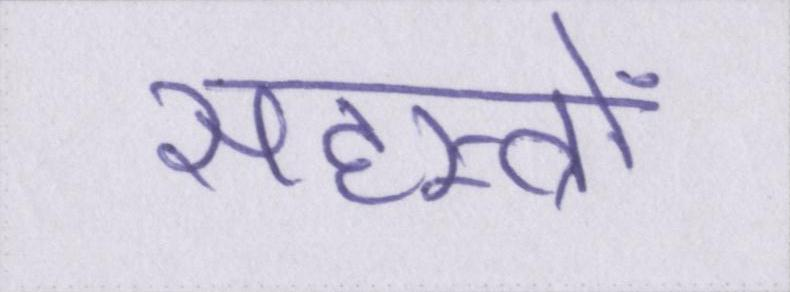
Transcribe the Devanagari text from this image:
सहस्त्रों